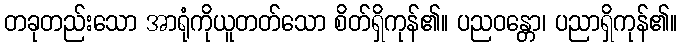
တခုတည်းသော အာရုံကိုယူတတ်သော စိတ်ရှိကုန်၏။ ပညဝန္တော၊ ပညာရှိကုန်၏။